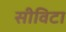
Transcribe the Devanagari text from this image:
सीविटा